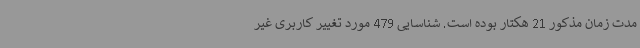
مدت زمان مذکور 21 هکتار بوده است. شناسایی 479 مورد تغییر کاربری غیر